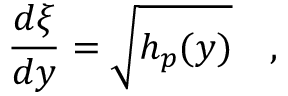
{ \frac { d \xi } { d y } } = \sqrt { h _ { p } ( y ) } \quad ,